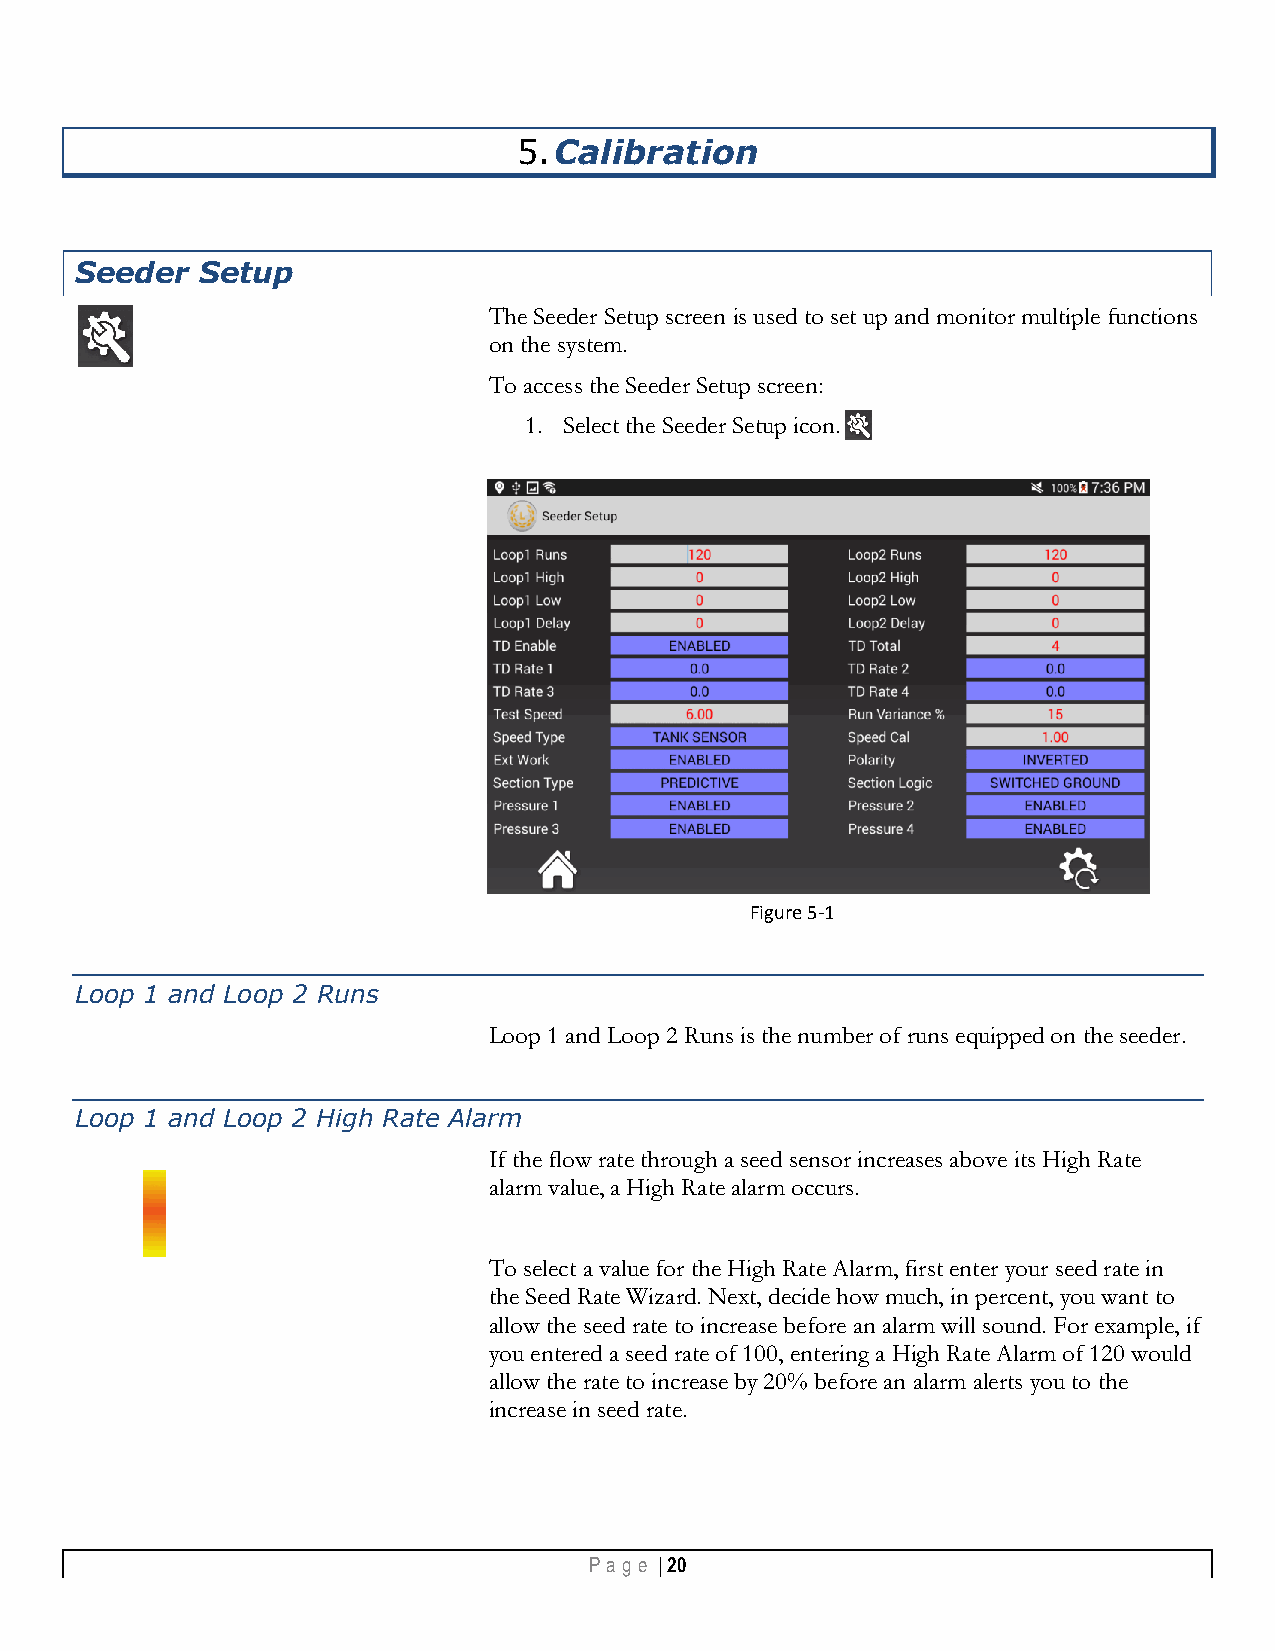
5. Calibration
 Seeder  Setup
 The Seeder Setup screen is used to set up and monitor multiple functions
 on the system.
 To access the Seeder Setup screen:
 1. Select the Seeder Setup icon.
 Figure 5-1
 Loop 1 and Loop 2 Runs
 Loop 1 and Loop 2 Runs is the number of runs equipped on the seeder.
 Loop 1 and Loop 2 High Rate Alarm
 If the flow rate through a seed sensor increases above its High Rate
 alarm value, a High Rate alarm occurs.
 To select a value for the High Rate Alarm, first enter your seed rate in
 the Seed Rate Wizard. Next, decide how much, in percent, you want to
 allow the seed rate to increase before an alarm will sound. For example, if
 you entered a seed rate of 100, entering a High Rate Alarm of 120 would
 allow the rate to increase by 20% before an alarm alerts you to the
 increase in seed rate.
 Pa g e | 20